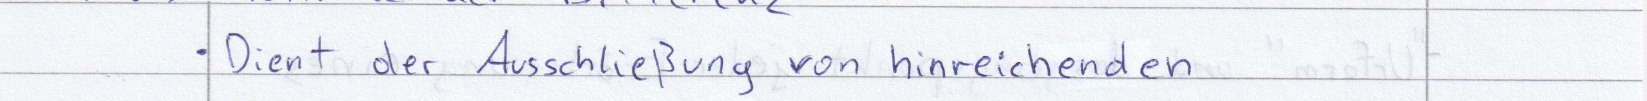
Dient der Ausschließung von hinreichenden